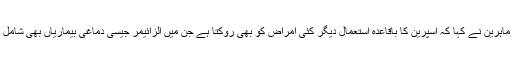
تاہم ماہرین نے کہا کہ اسپرین کا باقاعدہ استعمال دیگر کئی امراض کو بھی روکتا ہے جن میں الزائیمر جیسی دماغی بیماریاں بھی شامل ہیں۔